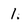
Character: 1